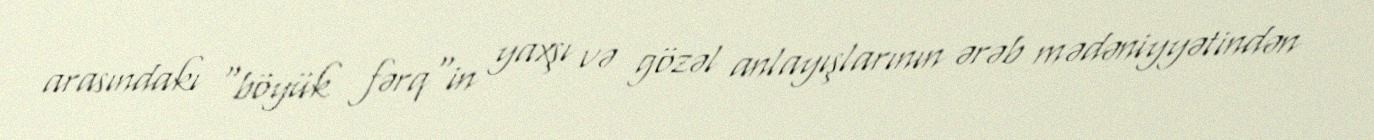
arasındakı "böyük fərq"in yaxşı və gözəl anlayışlarının ərəb mədəniyyətindən